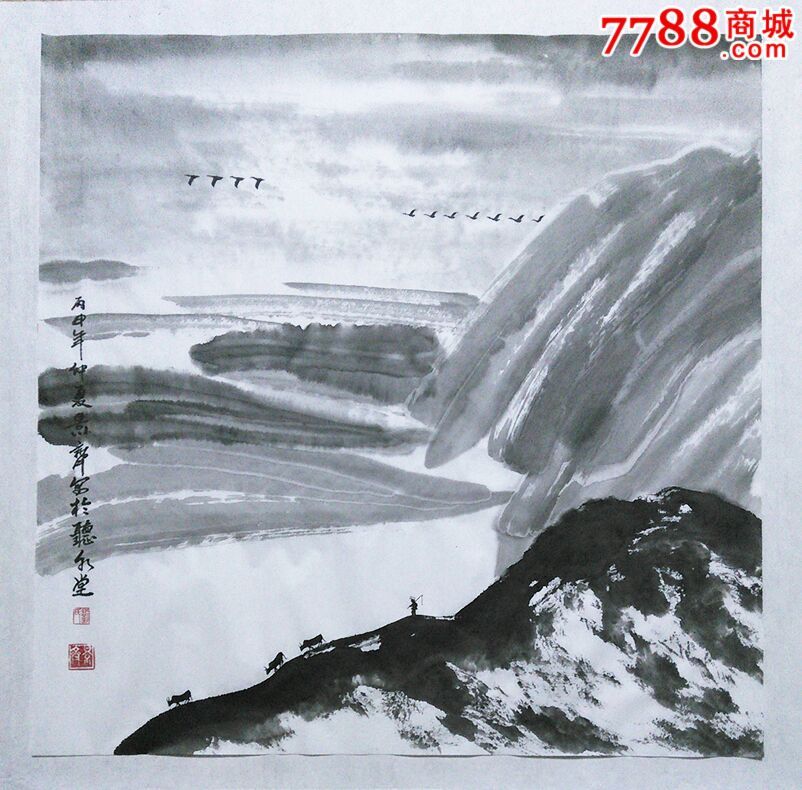
秋江上，看惊弦雁避，骇浪船回。